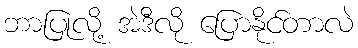
ဘာပြုလို့ အဲဒီလို ပြောနိုင်တာလဲ